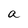
Character: a